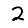
Digit: 2